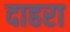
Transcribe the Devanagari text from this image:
दाहरा